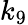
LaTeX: k_{9}